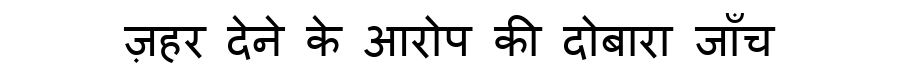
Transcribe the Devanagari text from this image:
ज़हर देने के आरोप की दोबारा जाँच